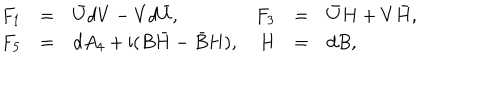
\begin{array} { r c l r c l } { { F _ { 1 } } } & { { = } } & { { \bar { U } d V - V d \bar { U } , } } & { { F _ { 3 } } } & { { = } } & { { \bar { U } H + V \bar { H } , } } \\ { { F _ { 5 } } } & { { = } } & { { d A _ { 4 } + \mathrm { i } ( B \bar { H } - \bar { B } H ) , } } & { { H } } & { { = } } & { { d B , } } \\ \end{array}